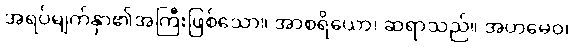
အရပ်မျက်နှာ၏အကြီးဖြစ်သော။ အာစရိယော၊ ဆရာသည်။ အဟမေဝ၊